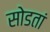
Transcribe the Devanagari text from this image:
सोडतां